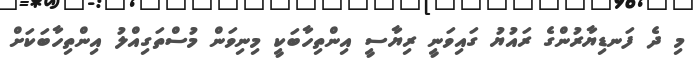
މި ދެ ފަނޑިޔާރުންގެ ރައުޔު ގައިވަނީ ރިޔާސީ އިންތިހާބަކީ މިނިވަން މުސްތަގިއްލު އިންތިހާބަކަށް